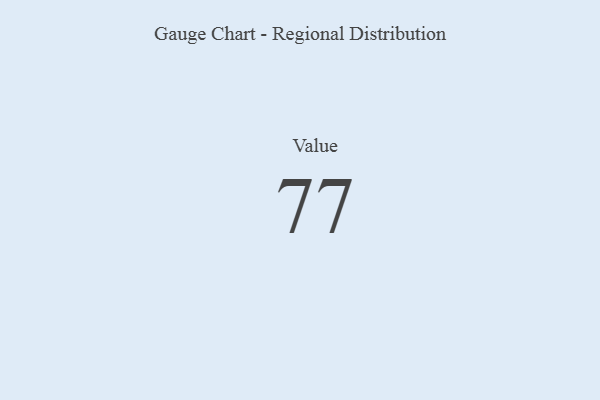
{"axis": {"x": "Metric", "y": "Value"}, "legend": [""], "data": [{"x": "Value", "y": 77, "type": ""}]}